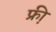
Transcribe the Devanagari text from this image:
फ्री़